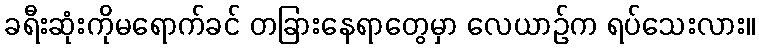
ခရီးဆုံးကိုမရောက်ခင် တခြားနေရာတွေမှာ လေယာဉ်က ရပ်သေးလား။